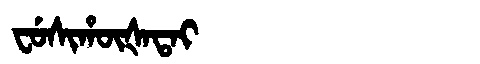
Manchu: ᠸᡠᠰᡳᡥᡡᡧᠠᡨᠠᡳ
Romanization: FUSIHŪŠATAI